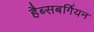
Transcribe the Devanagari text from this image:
हैब्सबर्गियन